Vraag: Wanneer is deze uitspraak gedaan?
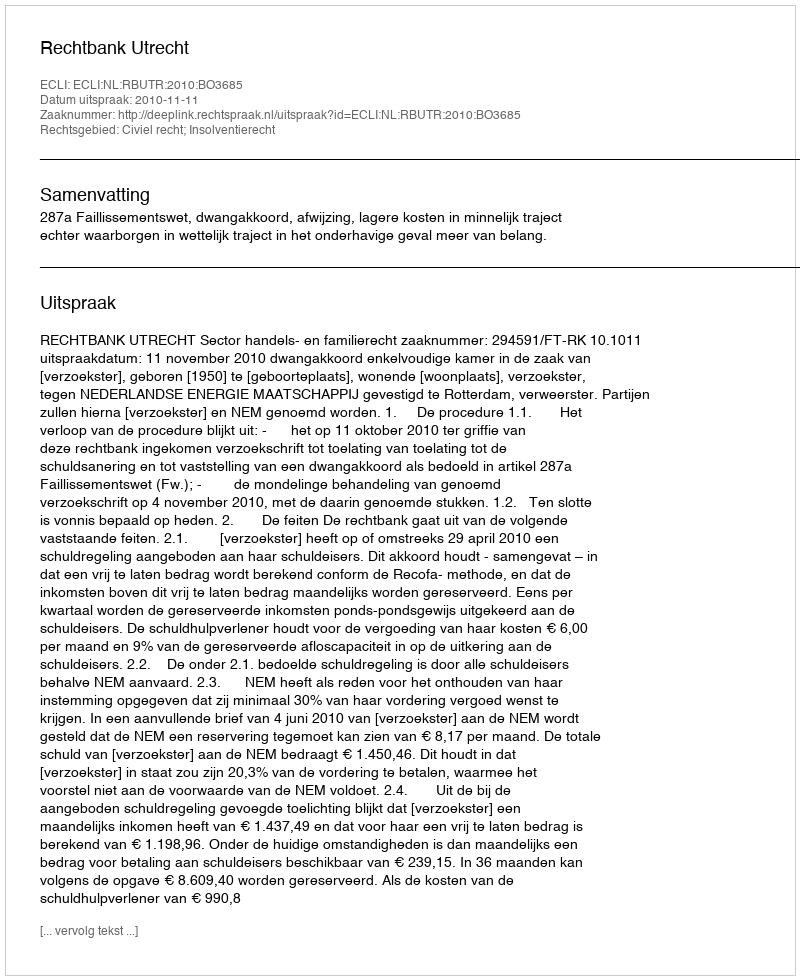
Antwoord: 2010-11-11